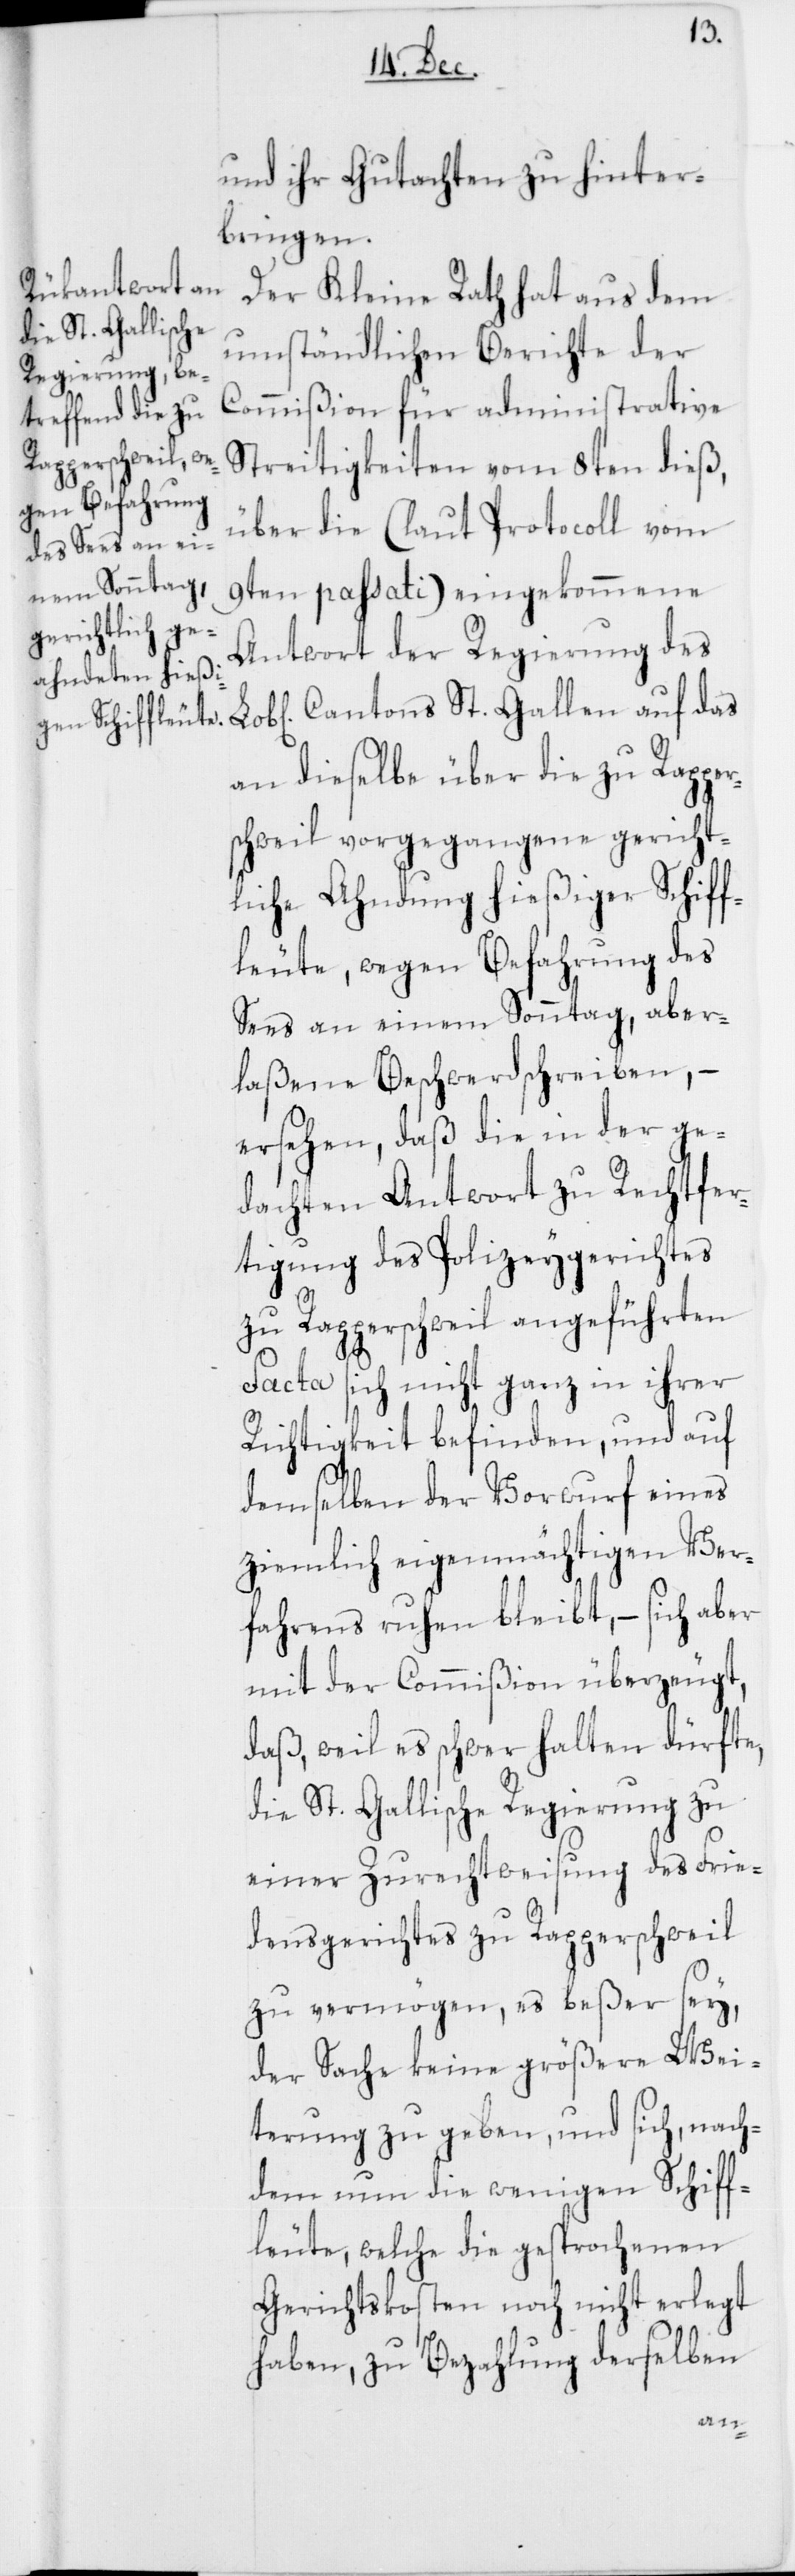
und ihr Gutachten zu hinter¬
bringen.
Der Kleine Rath hat aus dem
umständlichen Berichte der
Commißion für administrative
Streitigkeiten vom 8ten dieß,
über die (laut Protocoll vom
9ten passati) eingekommene
Antwort der Regierung des
Cantons St. Gallen auf das
an dieselbe über die zu Rapper¬
schweil vorgegangene gericht¬
liche Ahndung hießiger Schiff¬
leute, wegen Befahrung des
Sees an einem Sonntag, aber¬
laßene Beschwerdschreiben, –
ersehen, daß die in der ge¬
dachten Antwort zu Rechtfer¬
tigung des Polizeygerichtes
zu Rapperschweil angeführten
Facta sich nicht ganz in ihrer
Richtigkeit befinden, und auf
demselben der Vorwurf eines
ziemlich eigenmächtigen Ver¬
fahrens ruhen bleibt, – sich aber
mit der Commißion überzeugt,
daß, weil es schwer halten dürfte,
die St. Gallische Regierung zu
einer Zurechtweisung des Frie¬
densgerichtes zu Rapperschweil
zu vermögen, es beßer sey,
der Sache keine größere Wei¬
terung zu geben, und sich, nach¬
dem nun die wenigen Schiff¬
leute, welche die gesprochenen
Gerichtskosten noch nicht erlegt
haben, zu Bezahlung derselben